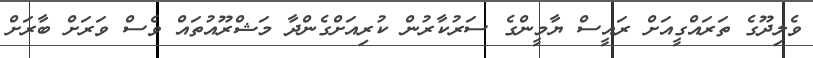
ވެލިދޫގެ ތަރައްގީއަށް ރައީސް ޔާމީންގެ ސަރުކާރުން ކުރިއަށްގެންދާ މަޝްރޫއުތައް ވެސް ވަރަށް ބާރަށް